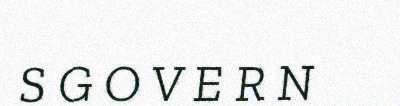
S G O V E R N